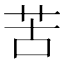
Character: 苦